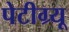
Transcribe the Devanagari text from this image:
पेटीग्र्यू